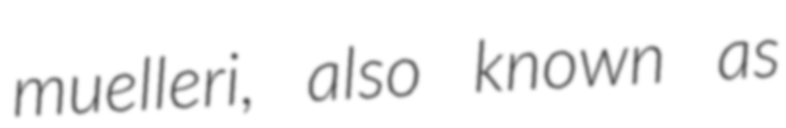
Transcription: muelleri, also known as